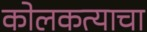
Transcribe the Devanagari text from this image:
कोलकत्याचा